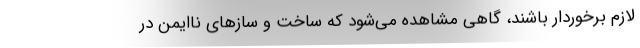
لازم برخوردار باشند، گاهی مشاهده می‌شود که ساخت و سازهای ناایمن در